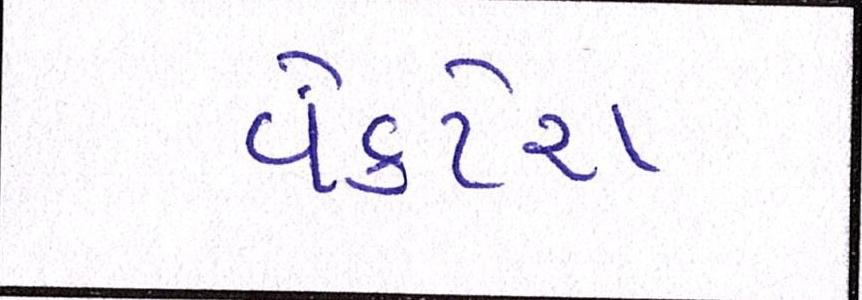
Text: વેંકટેશ